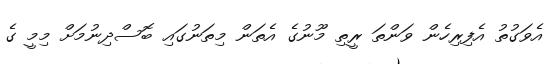
އެވަގުތު އެފިރިހެން ވަންތަ ރީތި މޫނުގެ އެތަން މިތަނުގައި ބޮސްދިނުމަށް މިމީ ގެ